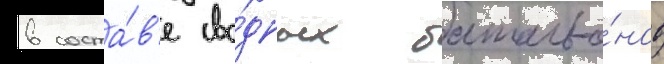
в соста́в'е сво́дных батальо́нов